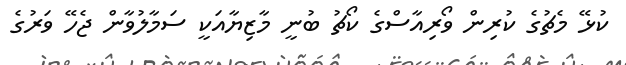
ކުޅޭ މެޗުގެ ކުރިން ވޯރިއާސްގެ ކޯޗު ބުނީ މާޒިޔާއަކީ ސަމާލުވާން ޖެހޭ ވަރުގެ